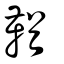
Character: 鞧